Source: Handwritten
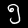
Digit: ၅ (5)